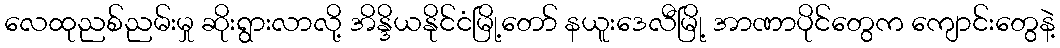
လေထုညစ်ညမ်းမှု ဆိုးရွားလာလို့ အိန္ဒိယနိုင်ငံမြို့တော် နယူးဒေလီမြို့ အာဏာပိုင်တွေက ကျောင်းတွေနဲ့